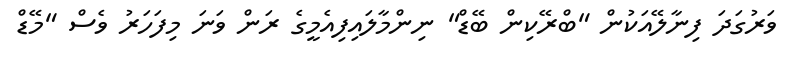
ވަރުގަދަ ފިނާލޭއަކުން "ބްރޭކިން ބޭޑް" ނިންމާލައިފިއެމީގެ ރަން ވަނަ މިފަހަރު ވެސް "މޭޑް